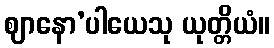
ဈာနော’ပါယေသု ယုတ္တိယံ။